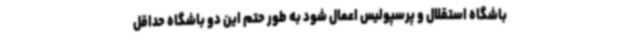
باشگاه استقلال و پرسپولیس اعمال شود به طور حتم این دو باشگاه حداقل